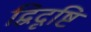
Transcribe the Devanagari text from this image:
द्विदृष्टि